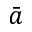
\bar { a }